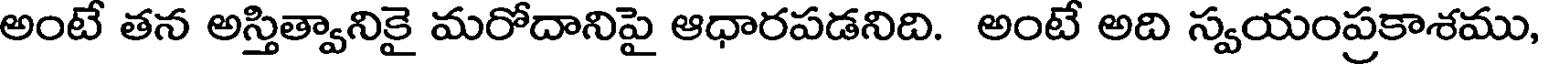
అంటే తన అస్తిత్వానికై మరోదానిపై ఆధారపడనిది. అంటే అది స్వయంప్రకాశము,